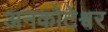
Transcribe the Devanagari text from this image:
अनकोटेश्वर